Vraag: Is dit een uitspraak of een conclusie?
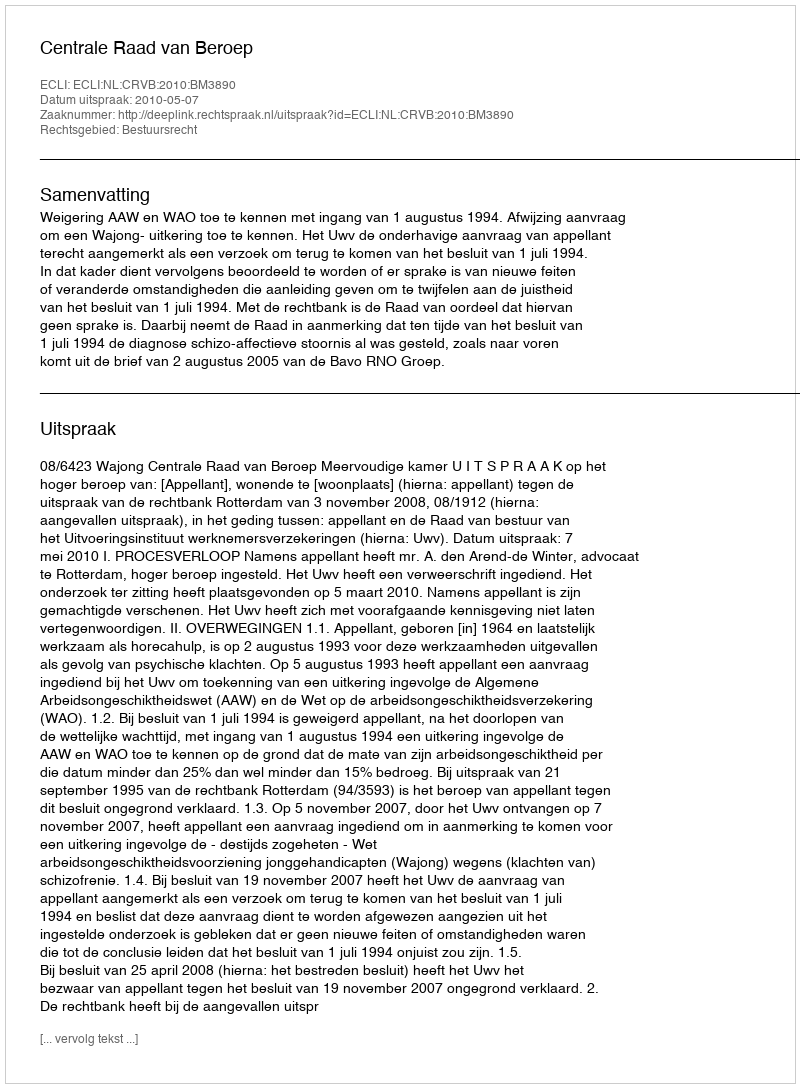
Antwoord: Uitspraak